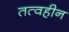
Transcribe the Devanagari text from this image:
तत्वहीन